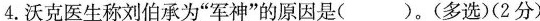
4.沃克医生称刘伯承为”军神”的原因是( )。(多选)(2分)